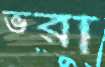
ভরা